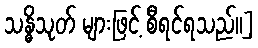
သန္ဓိသုတ် များဖြင့် စီရင်ရသည်။]